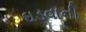
ઘડવાની